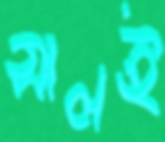
সালই